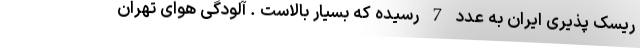
ریسک پذیری ایران به عدد 7 رسیده که بسیار بالاست . آلودگی هوای تهران